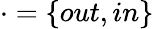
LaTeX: \cdot=\{ out,in\}